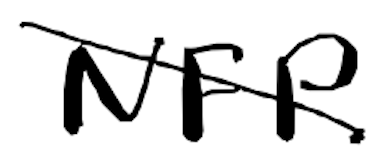
Text: NFP
Cross-out: mix
Writing tool: digital_black